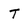
Character: T